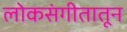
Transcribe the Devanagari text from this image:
लोकसंगीतातून